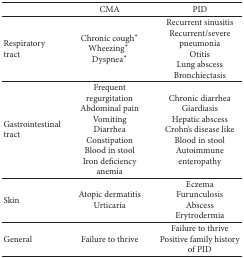
<table><thead><tr><td><b> </b></td><td><b>CMA</b></td><td><b> PID</b></td></tr></thead><tbody><tr><td>Respiratory tract</td><td>Chronic cough* Wheezing*Dyspnea*</td><td>Recurrent sinusitis Recurrent/severe pneumoniaOtitisLung abscessBronchiectasis</td></tr><tr><td>Gastrointestinal tract</td><td>Frequent regurgitationAbdominal painVomitingDiarrheaConstipationBlood in stoolIron deficiency anemia </td><td>Chronic diarrheaGiardiasisHepatic abscessCrohn&#x27;s disease likeBlood in stoolAutoimmune enteropathy</td></tr><tr><td>Skin</td><td>Atopic dermatitis Urticaria</td><td>EczemaFurunculosisAbscessErytrodermia</td></tr><tr><td>General</td><td>Failure to thrive</td><td>Failure to thrivePositive family history of PID</td></tr></tbody></table>